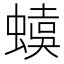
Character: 𧏜